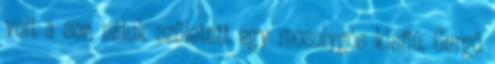
volt a sor, náluk született egy mosolygós kisfiú, Gergő